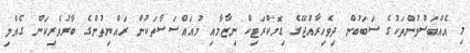
މި އެއްބަސްވުންތަކުގެ ސަބަބުން ދިވެހިރާއްޖޭގެ ޑިމޮކްރަޓިކް ނިޒާމާއި މުއައްސަސާތަކުން ރައްޔިތުންގެ ބާރުވެރިކަން ގެއްލި